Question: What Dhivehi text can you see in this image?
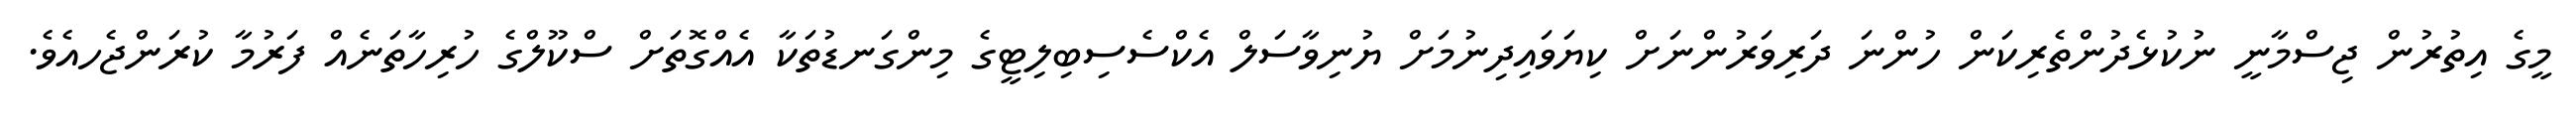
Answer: މީގެ އިތުރުން ޖިސްމާނީ ނުކުޅެދުންތެރިކަން ހުންނަ ދަރިވަރުންނަށް ކިޔަވައިދިނުމަށް ޔުނިވާސަލް އެކްސެސިބިލިޓީގެ މިންގަނޑުތަކާ އެއްގޮތަށް ސްކޫލްގެ ހުރިހާތަނެއް ފަރުމާ ކުރަންޖެހއެވެ.